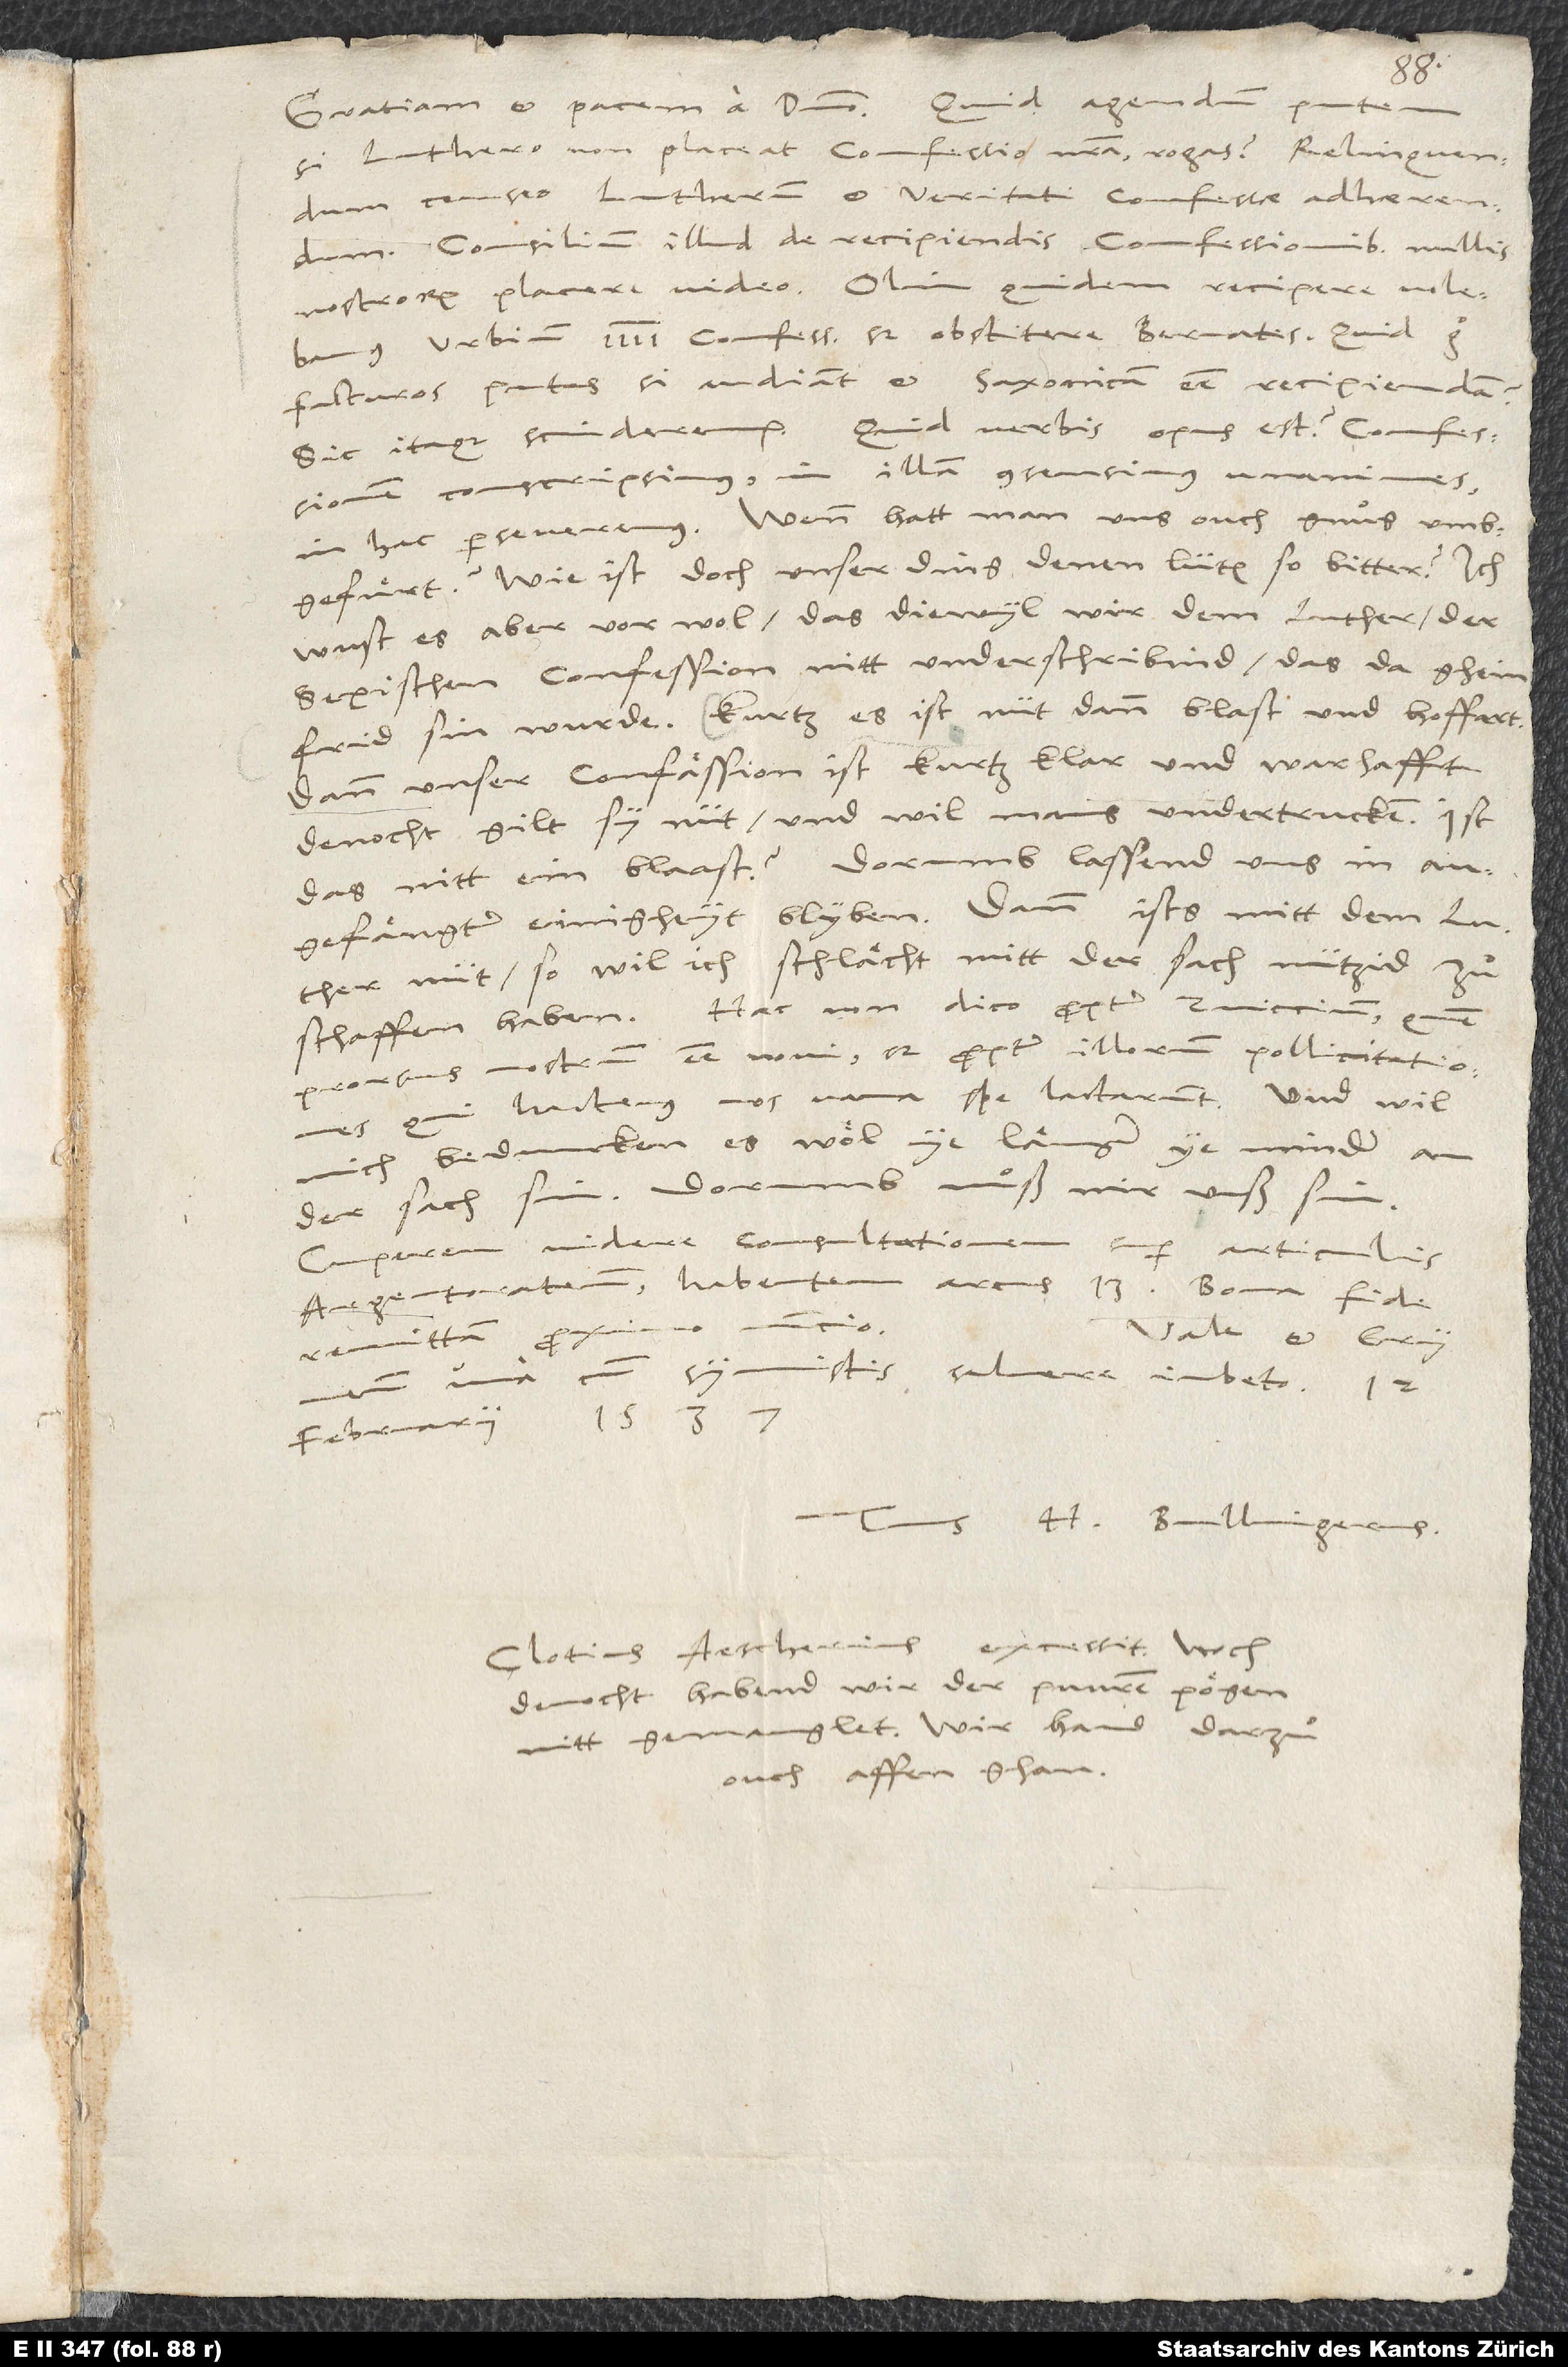
si Luthero non placeat confessio nostra, rogas. Relinquendum
censeo Lutherum et veritati confessae adhaerendum.
Consilium illud de recipiendis confessionibus nullis
nostrorum placere video. Olim quidem recipere volebamus
urbium 4 confessionem, sed obstitere Bernates. Quid ergo
facturos putas, si audiant et Saxonicam esse recipiendam?
Sic itaque scinderemur. Quid verbis opus est? Confessionem
conscripsimus, in illam consensimus unanimes,
in hac perseveremus. Wenn hatt man uns ouch gnuͦg umbgefuͤrt?
Wie ist doch unser ding denen lüten so bitter? Ich
wust es aber vor wol, das, diewyl wir dem Luther, der
sexischen confession nitt underschribind, das da ghein
frid sin wurde. Kurtz, es ist nüt dann blast und hoffart.
Dann unser confässion ist kurtz, klar und warhafft;
denocht gilt sy nüt, und wil mans undertrucken. Ist
das nitt ein blaast? Dorumb lassend uns in
angefängter einighevt blyben. Dann ists mitt dem Luther
nüt, so wil ich schlächt mitt der sach nützid zuͦ
schaffen haben. Haec non dico propter Zviccium, quem
prorsus nostrum esse novi, sed propter illorum pollicitationes,
qui hactenus nos vana spe lactarunt. Und wil
mich beduncken, es wöl ye länger ye minder an
der sach sin. Dorumb muͦß mir uuß sin
Cuperem videre consultationem super articulis
Argentoratensium habentem arcus 13. Bona fide
nuncio.
Vale et Gryneum
remittam proximo
una cum symmistis salvere iubeto.
februarii 1537.
Tuus H. Bullingerus.
Clotius Aescherius excessit. Noch
denocht habend wir der puuren pögen
nitt gemanglet Wir hand darzuͦ
ouch affen. ghan.